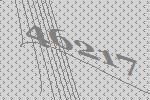
46217